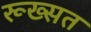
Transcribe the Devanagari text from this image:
रूख्सत